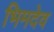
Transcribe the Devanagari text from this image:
भिमदेव